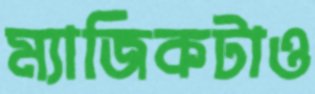
ম্যাজিকটাও